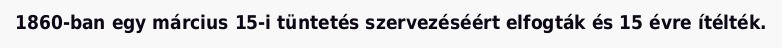
1860-ban egy március 15-i tüntetés szervezéséért elfogták és 15 évre ítélték.